Senior Leaving Certificate Examination (including Day School Certificate (Higher) General paper), 1947
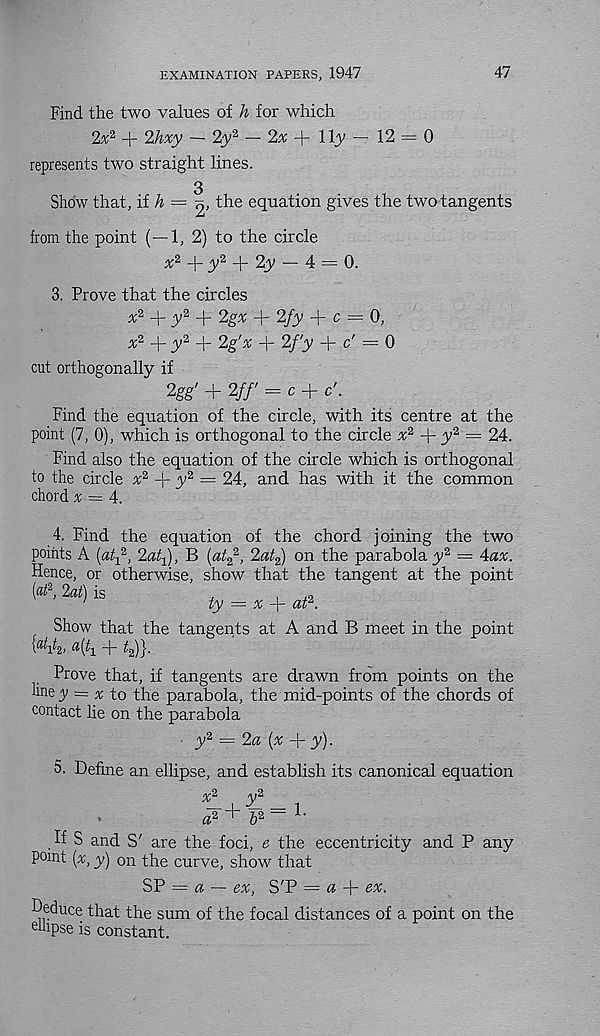
EXAMINATION PAPERS, 1947
47
Find the two values of h for which
2« 2 + 2hxy — 2y 2 — 2^ + ll^y — 12 = 0
represents two straight lines.
3
Show that, if A = 2> the equation gives the two tangents
from the point (—1, 2) to the circle
+ .y 2 + 2jy — 4 = 0.
3. Prove that the circles
*2 + ^,2 + 2gx + 2/3; + c - 0,
^2 + y 2 +
+ 2/'y + c' = 0
cut orthogonally if
2gg' + 2//' = c + c'.
Find the equation of the circle, with its centre at the
point (7, 0), which is orthogonal to the circle
+ y 2 = 24.
Find also the equation of the circle which is orthogonal
to the circle
y 2 = 24, and has with it the common
chord x = A.
4. Find the equation of the chord joining the two
points A («h 2 , 2aq), B {at^, 2at z ) on the parabola y 2 = 4ax.
Hence, or otherwise, show that the tangent at the point
l<
is
ty = x + at\
Show that the tangents at A and B meet in the point
+ y}.
Prove that, if tangents are drawn from points on the
line y = x to the parabola, the mid-points of the chords of
contact lie on the parabola
y 2 = 2a (x + y).
5. Define an ellipse, and establish its canonical equation
a 2 fi- & 2 -
H S and S' are the foci, e the eccentricity and P any
point (x, y) on the curve, show that
SP = « — ex, S'P — a
ex.
Deduce that the sum of the focal distances of a point on the
ohipse is constant.